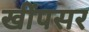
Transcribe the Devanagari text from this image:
खींपसर